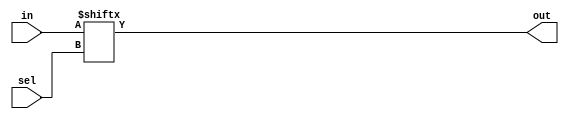
module mux(in,sel,out);
input [3:0] in;
input [1:0] sel;
output out;

assign out=in[sel];
endmodule